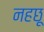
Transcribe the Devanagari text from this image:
नहछू